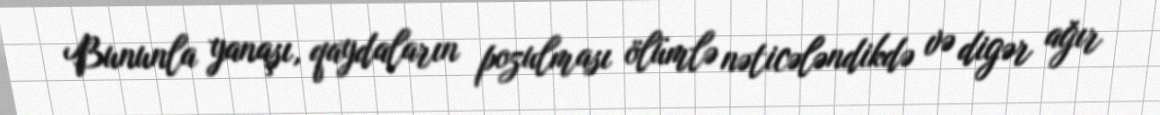
Bununla yanaşı, qaydaların pozulması ölümlə nəticələndikdə və digər ağır